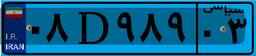
۶۵D۷۶۱۴۵